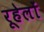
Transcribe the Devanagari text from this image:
रूहेलों